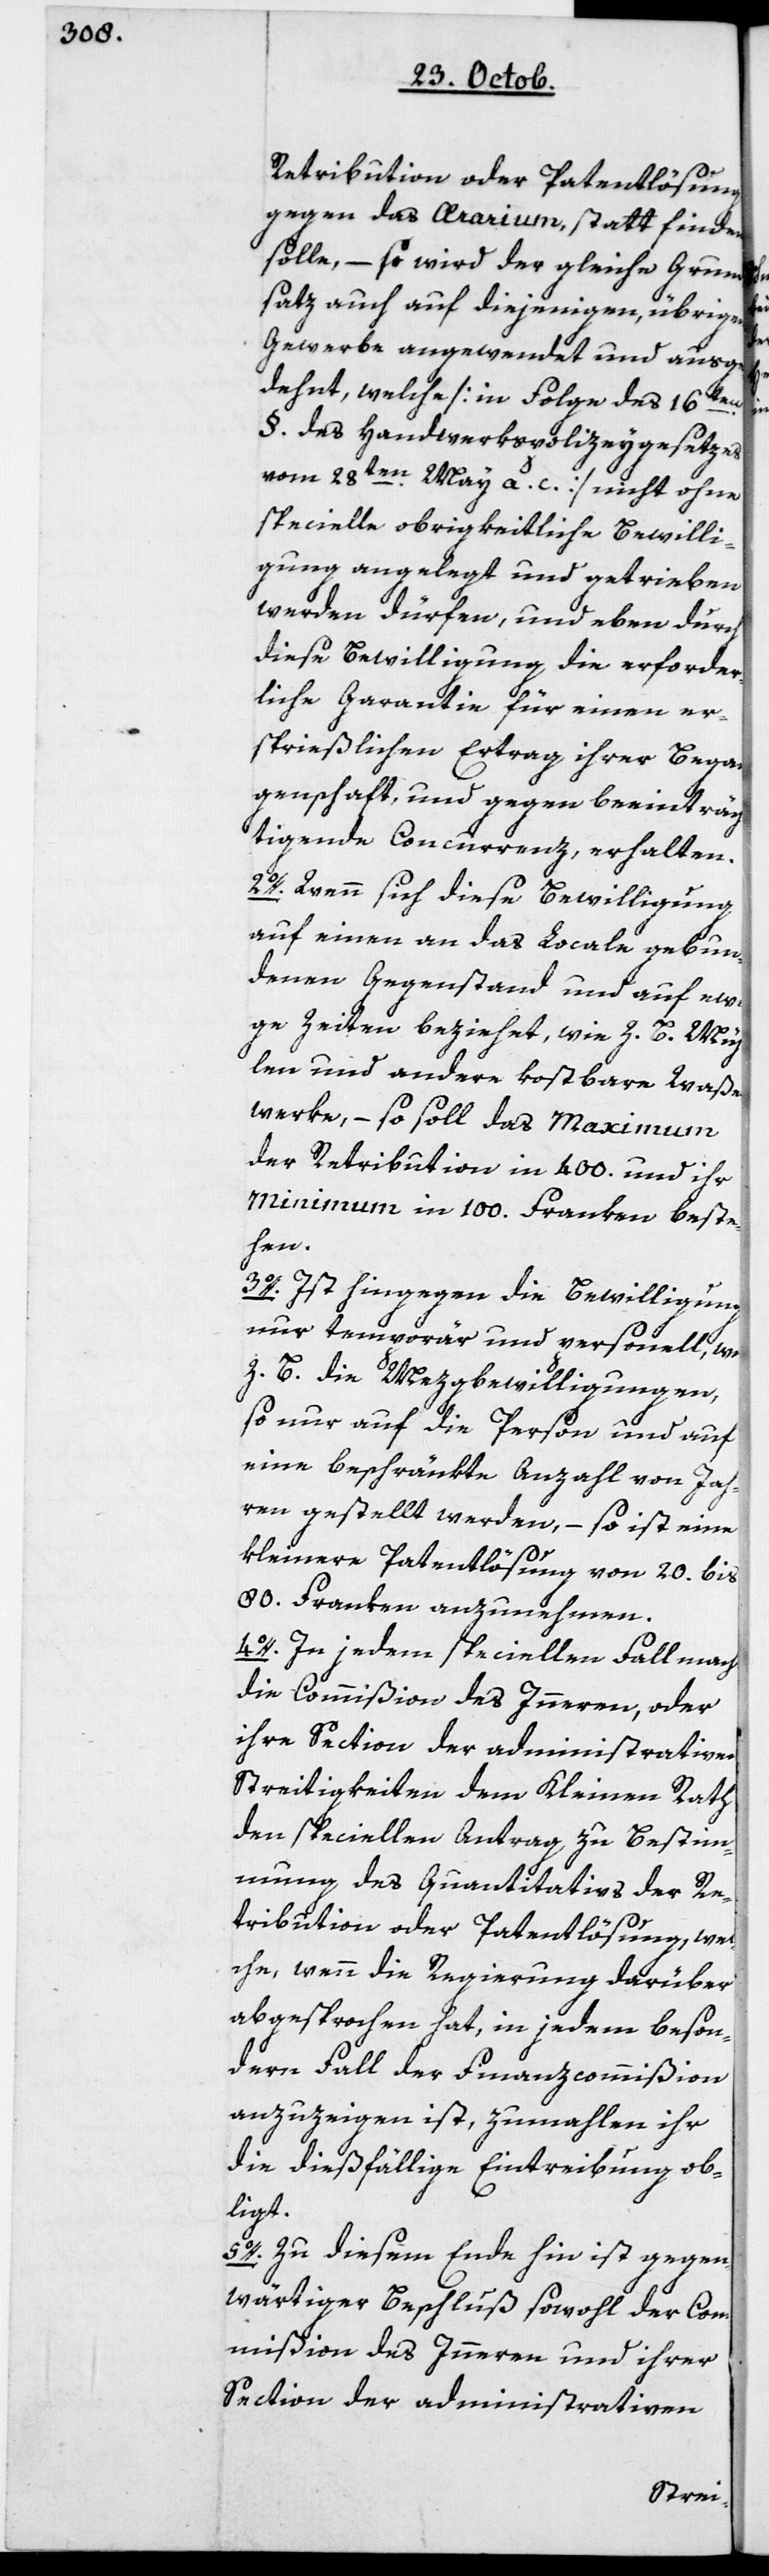
Retribution oder Patentlösung
gegen das Aerarium stattfinden
solle, – so wird der gleiche Grund¬
satz auch auf diejenigen übrigen
Gewerbe angewendet und ausge¬
dehnt, welche [in Folge des 16ten
§ des Handwerkspoliceygesetzes
vom 28sten May a.c.] nicht ohne
specielle obrigkeitliche Bewilli¬
gung angelegt und getrieben
werden dürfen, und eben durch
diese Bewilligung die erforder¬
liche Garantie für einen er¬
sprießlichen Ertrag ihrer Began¬
genschaft, und gegen beeinträch¬
tigende Concurrenz, erhalten.
2o. Wenn sich diese Bewilligung
auf einen an das Locale gebun¬
denen Gegenstand und auf ew¬
ige Zeiten beziehet, wie z.B. Müh¬
len und andere kostbare Waße¬
rwerke, – so soll das Maximum
der Retribution in 400 und ihr
Minimum in 100 Franken beste¬
hen.
3o. Ist hingegen die Bewilligung
nur temporär und personell, wie
z. B. Mezgbewilligungen,
so nur auf die Person und auf
eine beschränkte Anzahl von Jah¬
ren gestellt werden, – so ist eine
kleinere Patentlösung von 20 bis
80 Franken anzunehmen.
4o. In jedem speziellen Fall macht
die Commißion des Innern, oder
ihre Section der administrativen
Streitigkeiten dem Kleinen Rath
den speciellen Antrag, zu Bestim¬
mung des Quantitativs der Re¬
tribution oder Patentlösung, wel¬
che, wenn die Regierung darüber
abgesprochen hat, in jedem beson¬
dern Fall der Finanzcommißion
anzuzeigen ist, zumahlen ihr
die dießfällige Eintreibung ob¬
liegt.
5o. Zu diesem Ende hin ist gegen¬
wärtiger Beschluß sowohl der Com¬
mißion des Innern und ihrer
Section der administrativen